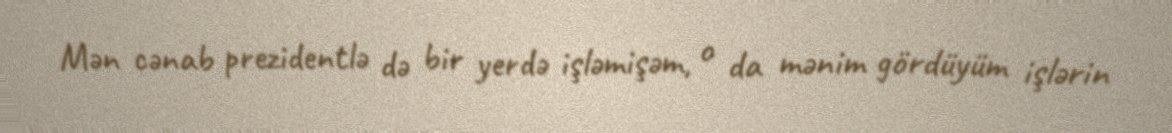
Mən cənab prezidentlə də bir yerdə işləmişəm, o da mənim gördüyüm işlərin